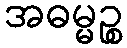
အဓမ္မဉ္စ